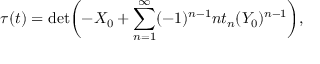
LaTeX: \tau ( t ) = \operatorname * { d e t } \biggl ( - X _ { 0 } + \sum _ { n = 1 } ^ { \infty } ( - 1 ) ^ { n - 1 } n t _ { n } ( Y _ { 0 } ) ^ { n - 1 } \biggr ) ,